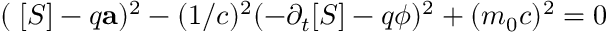
( \mathbf { \nabla } [ S ] - q \mathbf { a } ) ^ { 2 } - ( 1 / c ) ^ { 2 } ( - \partial _ { t } [ S ] - q \phi ) ^ { 2 } + ( m _ { 0 } c ) ^ { 2 } = 0